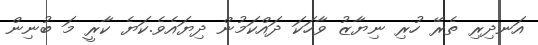
އަނދިރި ތެރޭ ހުރި ނިޔާޒު ވާހަކަ ދައްކަމުން ދިޔައެވެ.ކަޔެ ކާރީ މަ ބުނިން